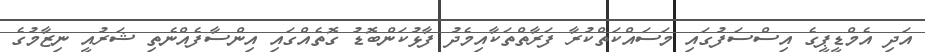
އަދި އެމްޑީޕީގެ އިސްސަފުގައި މަސައްކަތްކުރާ ފަރާތްތަކާއިމެދު ފާޅުކަންބޮޑު ގޮތެއްގައި އިންސާފެއްނެތި ޝަރުއީ ނިޒާމުގެ